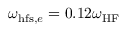
\omega _ { \mathrm { h f s } , e } = 0 . 1 2 \omega _ { \mathrm { H F } }